Vabadussoja_Ajaloo_Komitee, lk 85
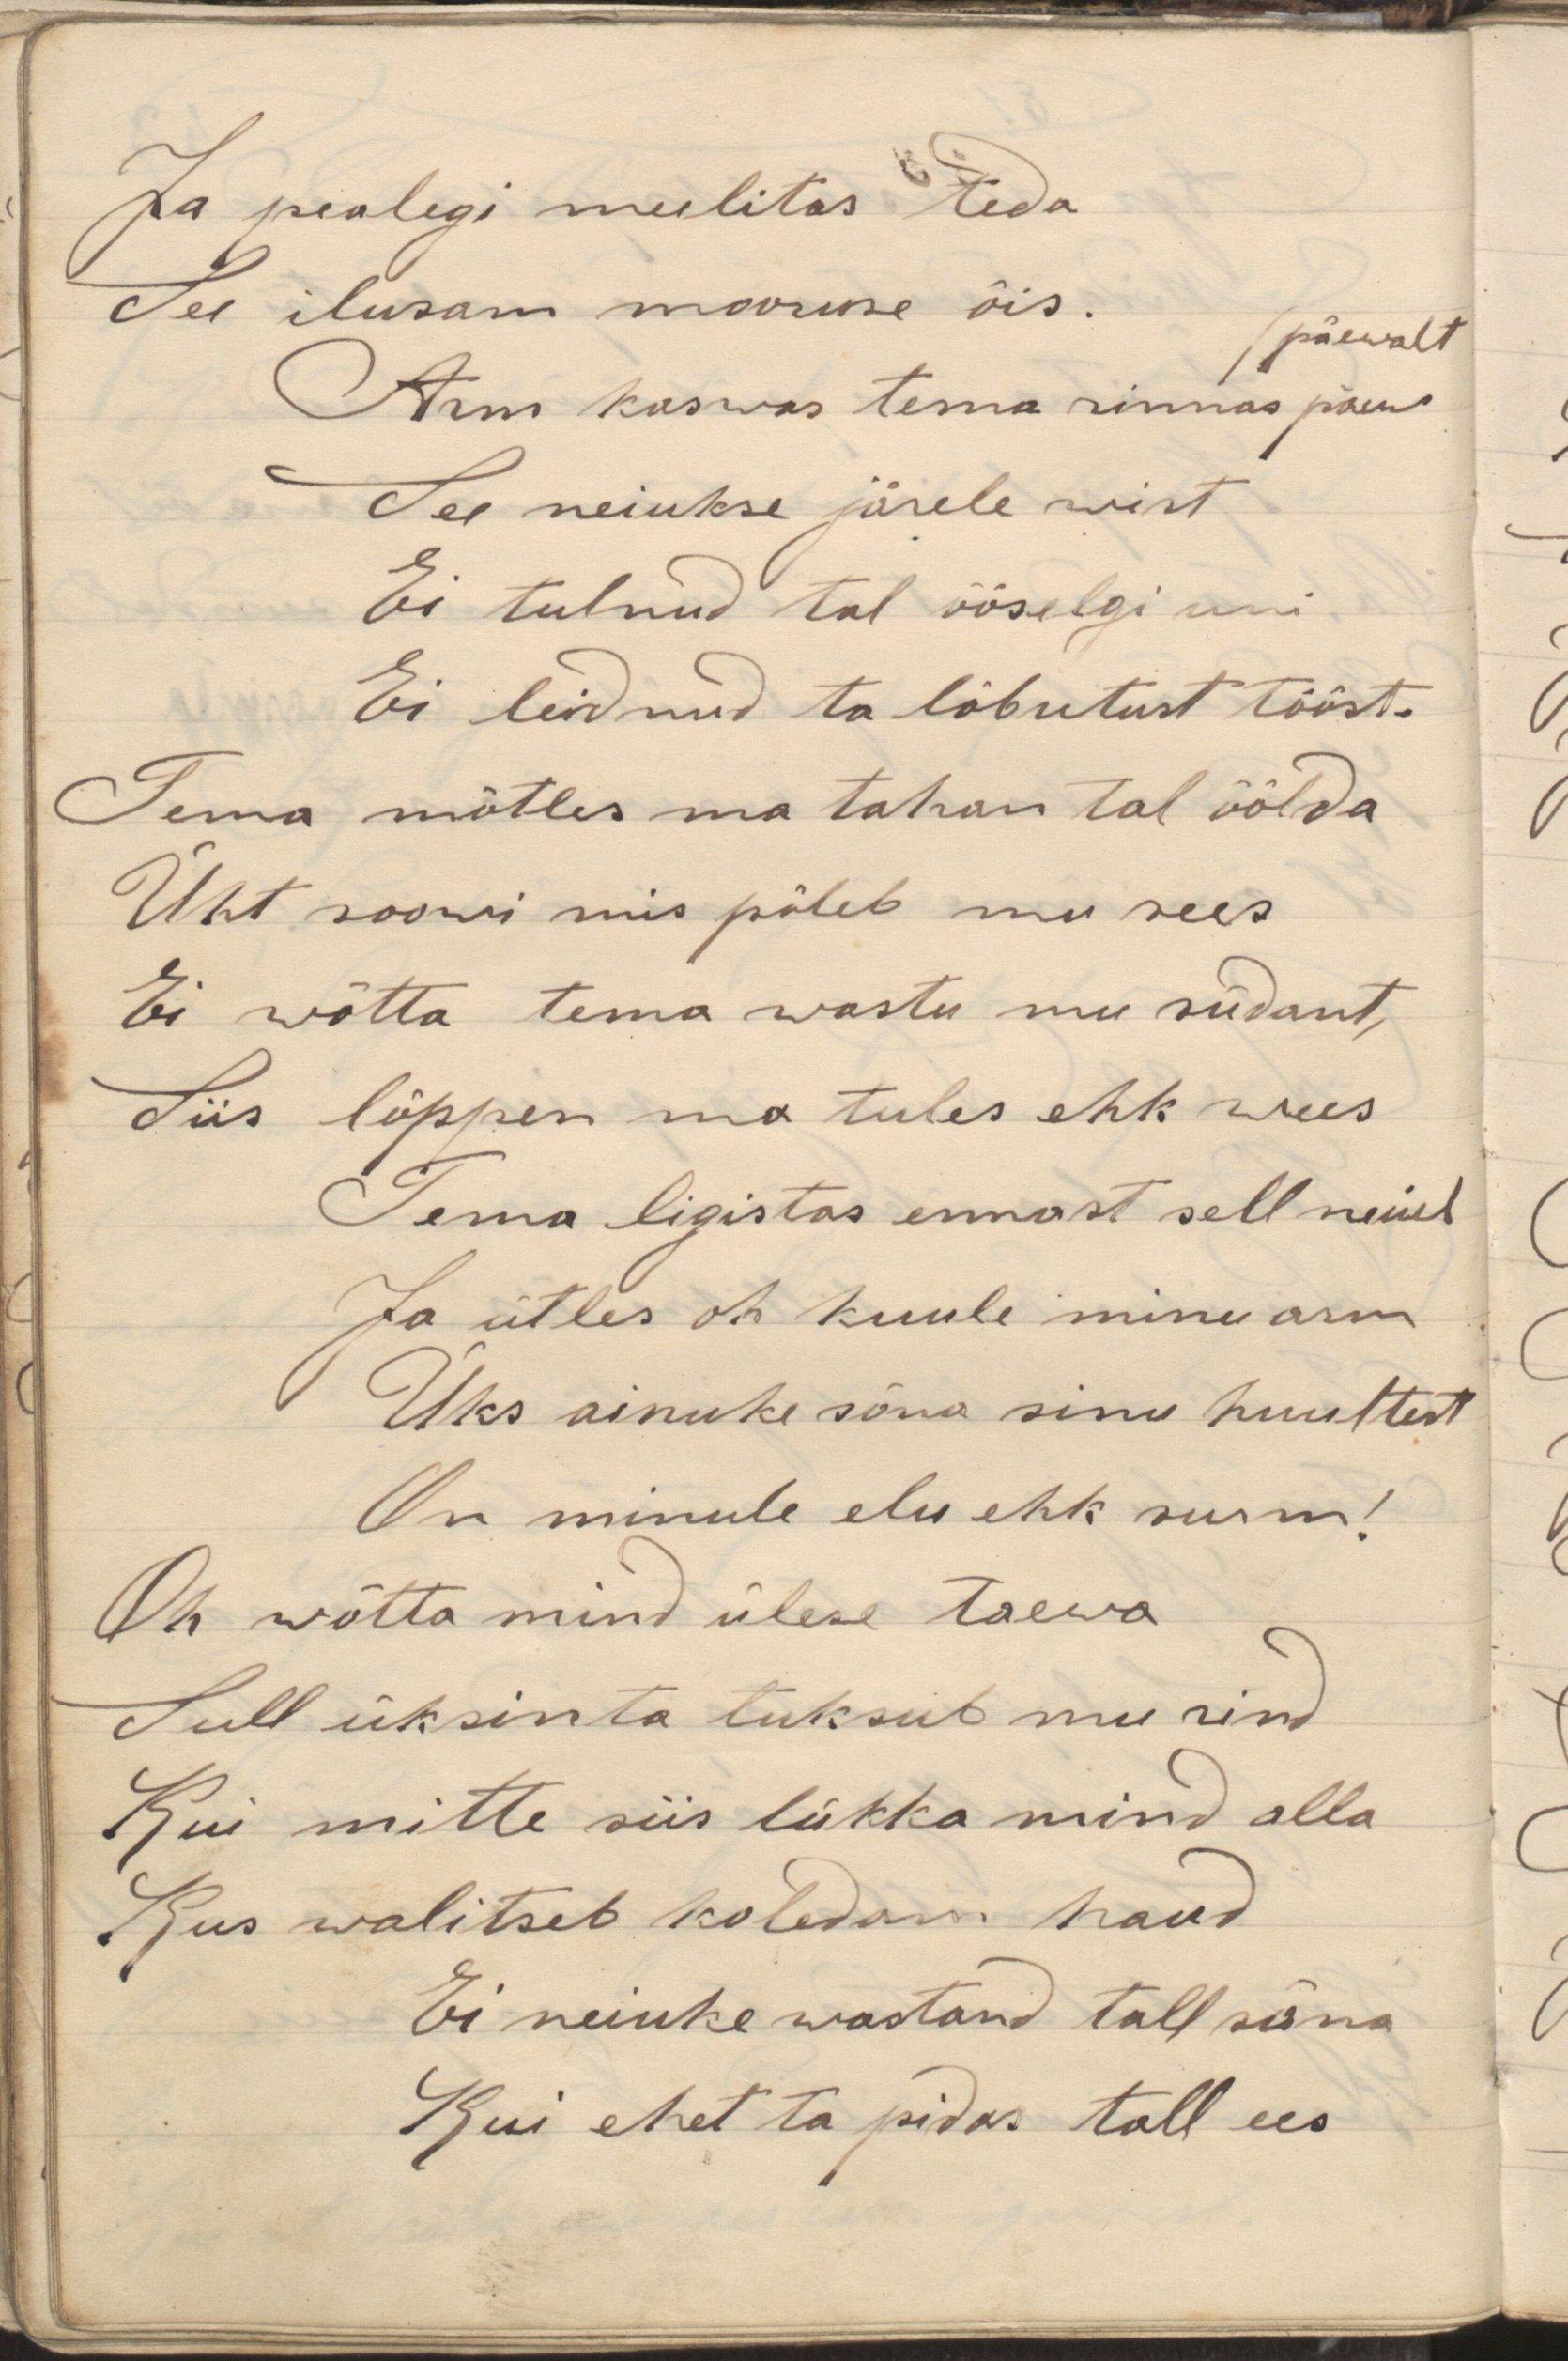
Ja pealegi meelitas teda
See ilusam nooruse õis. päewalt
Arm kaswas tema rinnas päew
See neiukse järele wist
Ei tulnud tal ööselgi uni
Ei leidnud ta lõbutust tööst.
Tema mõtles ma tahan tal öölda
Üht soowi mis põleb mu sees
Ei wõtta tema wastu mu südant,
Siis lõppen ma tules ehk wees
Tema ligistas ennast sell neiul
Ja ütles oh kuule minu arm
Üks ainuke sõna sinu huultest
On minule elu ehk surm!
Oh wõtta mind ülese taewa
Sull üksinta tuksub mu rind
Kui mitte siis lükka mind alla
Kus walitseb koledam haud
Ei neiuke wastand tall sõna
Kui ehet ta pidas tall ees